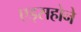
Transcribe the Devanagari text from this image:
एड्सहोने